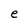
Character: e